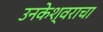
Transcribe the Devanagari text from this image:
उनकेश्वराचा